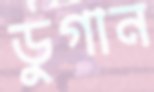
ডুগান